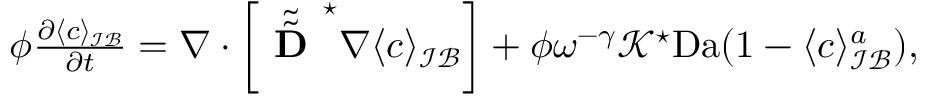
\begin{array} { r } { \phi \frac { \partial \langle c \rangle _ { \mathcal { I B } } } { \partial t } = \nabla \cdot \left[ \tilde { \tilde { \textbf { D } } } ^ { \star } \nabla \langle c \rangle _ { \mathcal { I B } } \right] + \phi \omega ^ { - \gamma } \mathcal { K } ^ { \star } \mathrm { D a } ( 1 - \langle c \rangle _ { \mathcal { I B } } ^ { a } ) , } \end{array}